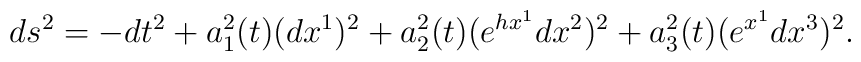
ds^2=-dt^2+a_1^2(t)(dx^1)^2+a_2^2(t)(e^{hx^1}dx^2)^2+a_3^2(t)(e^{x^1}dx^3)^2.